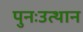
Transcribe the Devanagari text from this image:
पुनःउत्थान